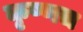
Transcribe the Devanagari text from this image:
कृष्णच